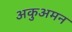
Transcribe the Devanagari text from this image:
अकुअमन